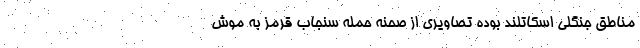
مناطق جنگلی اسکاتلند بوده تصاویری از صحنه حمله سنجاب قرمز به موش